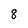
Character: 8